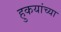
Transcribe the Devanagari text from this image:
हुकयांच्या